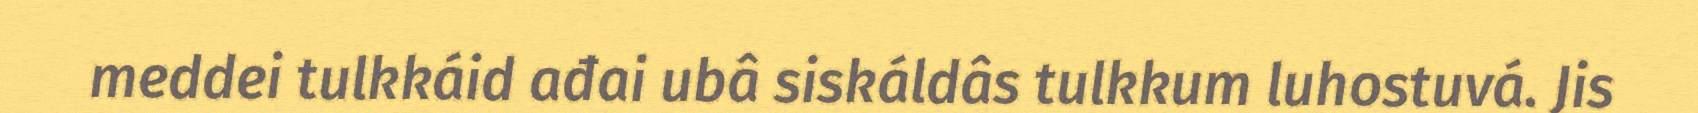
meddei tulkkáid ađai ubâ siskáldâs tulkkum luhostuvá. Jis